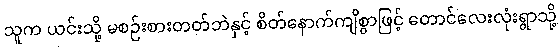
သူက ယင်းသို့ မစဉ်းစားတတ်ဘဲနှင့် စိတ်နောက်ကျိစွာဖြင့် တောင်လေးလုံးရွာသို့